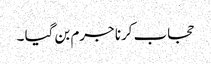
حجاب کرنا جرم بن گیا ۔